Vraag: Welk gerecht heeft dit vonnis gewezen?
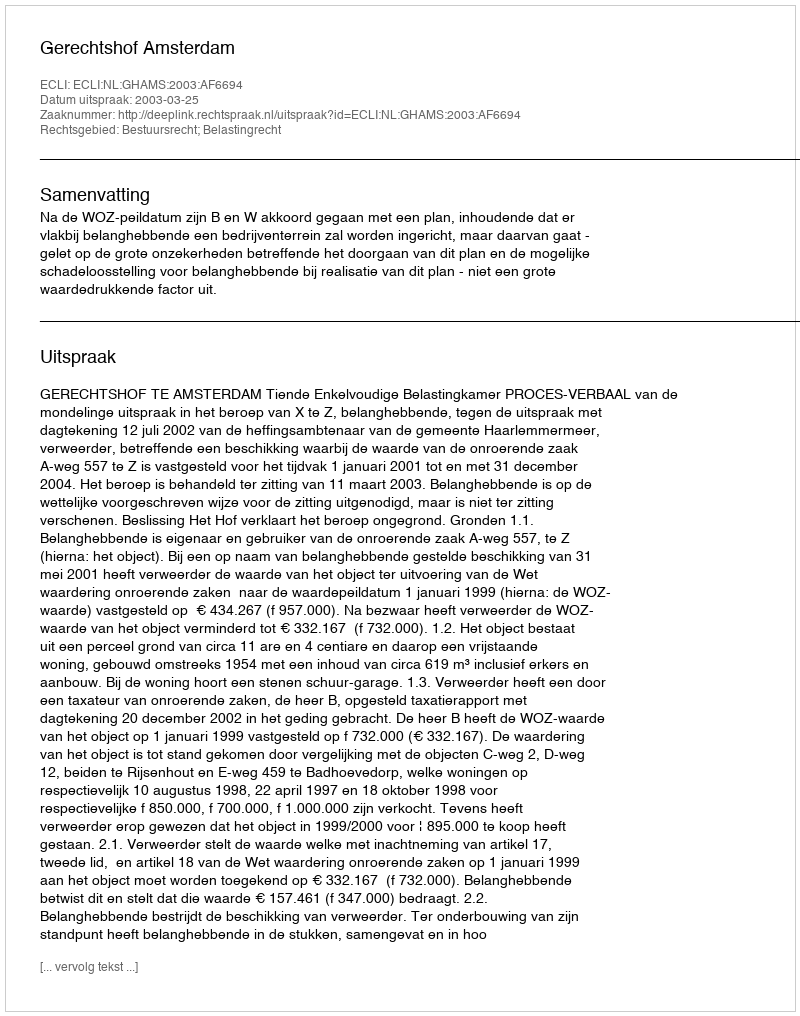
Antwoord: Gerechtshof Amsterdam